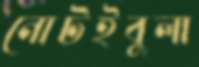
নোটইবুলা